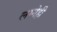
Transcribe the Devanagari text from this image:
लग्नेही